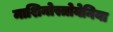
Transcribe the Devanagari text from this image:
माशिनोस्त्रोयेनिया